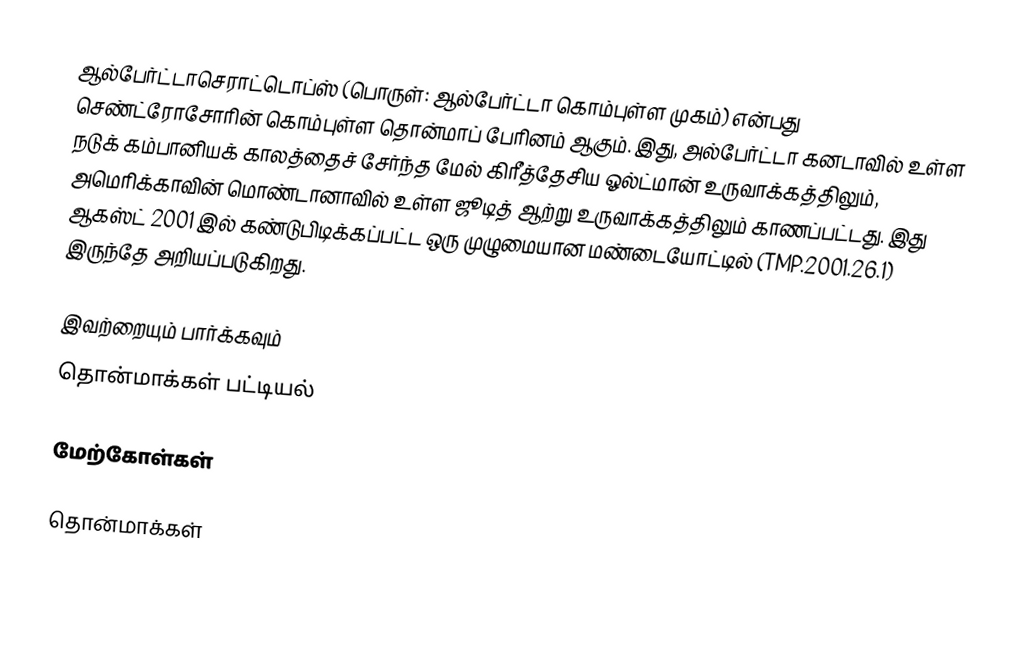
ஆல்பேர்ட்டாசெராட்டொப்ஸ் (பொருள்: ஆல்பேர்ட்டா கொம்புள்ள முகம்) என்பது செண்ட்ரோசோரின் கொம்புள்ள தொன்மாப் பேரினம் ஆகும். இது, அல்பேர்ட்டா கனடாவில் உள்ள நடுக் கம்பானியக் காலத்தைச் சேர்ந்த மேல் கிரீத்தேசிய ஓல்ட்மான் உருவாக்கத்திலும், அமெரிக்காவின் மொண்டானாவில் உள்ள ஜூடித் ஆற்று உருவாக்கத்திலும் காணப்பட்டது. இது ஆகஸ்ட் 2001 இல் கண்டுபிடிக்கப்பட்ட ஒரு முழுமையான மண்டையோட்டில் (TMP.2001.26.1) இருந்தே அறியப்படுகிறது.

இவற்றையும் பார்க்கவும்
 தொன்மாக்கள் பட்டியல்

மேற்கோள்கள்

தொன்மாக்கள்